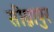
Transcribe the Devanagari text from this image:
सीग्नापुर